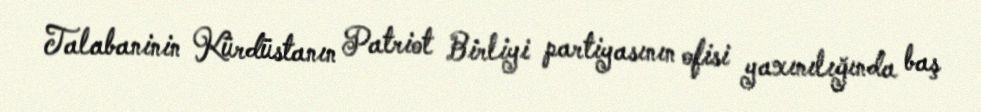
Talabaninin Kürdüstanın Patriot Birliyi partiyasının ofisi yaxınılığında baş